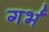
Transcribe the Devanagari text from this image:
गर्भं